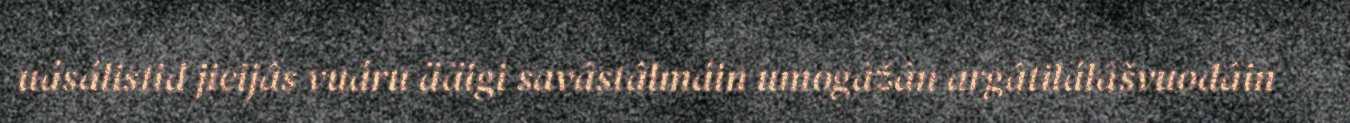
uásálistiđ jieijâs vuáru ääigi savâstâlmáin umogâžân argâtilálâšvuođâin